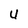
Character: U